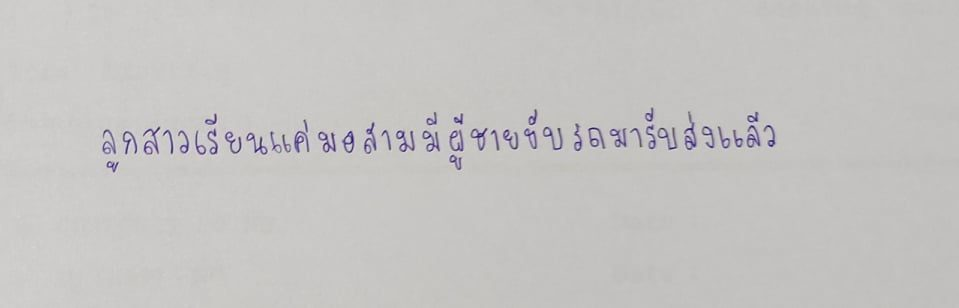
ลูกสาวเรียนแค่มอสามมีผู้ชายขับรถมารับส่งแล้ว